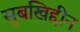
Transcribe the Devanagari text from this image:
सुबखिद्दीन